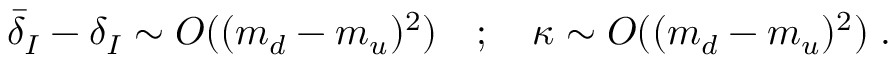
{ \bar { \delta } } _ { I } - \delta _ { I } \sim { \cal O } ( ( m _ { d } - m _ { u } ) ^ { 2 } ) \quad ; \quad \kappa \sim { \cal O } ( ( m _ { d } - m _ { u } ) ^ { 2 } ) \; .